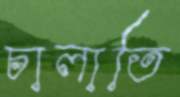
চালাতি